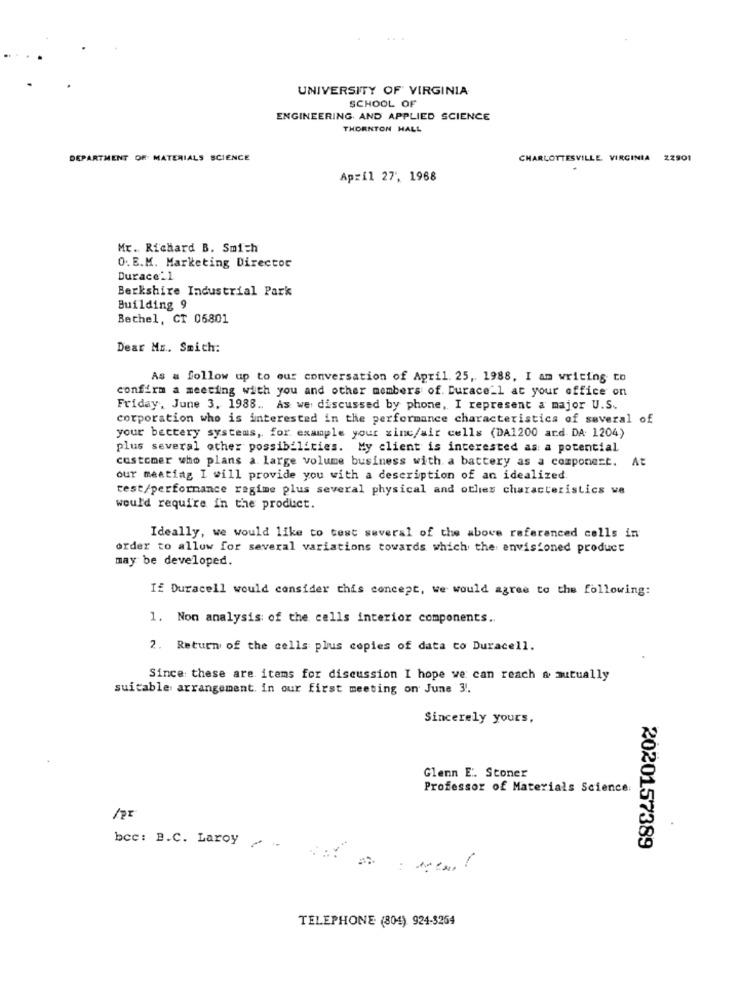
UNIVERSITY OF VIRGINIA
SCHOOL OF
ENGINEERING AND APPLIED SCIENCE
THORNTON HALL
DEPARTMENT OF MATERIALS SCIENCE
CHARLOTTESVILLE. VIRGINIA
ZZ901
April 27', 1968
Mr. Richard B. Smith
O. E.M. Marketing Director
Durace_1
Berkshire Industrial Park
Building 9
Bethel, CT 06801
Dear Mr. Smich:
As a follow up to our conversation of April. 25, 1988, I am writing to
confirm a meeting with you and other members of. Durace_1 at your office on
Friday, June 3. 1988 .. As we discussed by phone, I represent a major U.S.
corporation who is interested in the performance characteristics of several of
your bectery systems, for example your zinc/air cells (DA1200 ard DA 1204)
plus several other possibilities. My client is interested as a potential
customer who plans a. large volume business with a battery as a component. At
our meeting I will provide you with a description of an idealized.
test/performance regime plus several physical and othes characteristics we
would require in the product.
Ideally, we would like to test several of the above referenced cells in
order to allow for several variations towards which the envisioned product
may be developed.
IE Duracell would consider this concept, we would agree to the following:
1. Non analysis of the cells interior components ..
2. Return of the cells plus copies of data to Duracell.
Since these are. items for discussion I hope we can reach & mutually
suitable arrangement. in our first meeting on June 3.
Sincerely yours,
Glenn E. Stoner
Professor of Materials Science
bcc: B.C. Laroy
2020157389
TELEPHONE (804) 924-3264